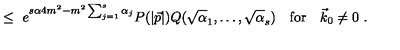
\leq \ e ^ { s \alpha 4 m ^ { 2 } - m ^ { 2 } \sum _ { j = 1 } ^ { s } \alpha _ { j } } P ( \vert \vec { p } \vert ) Q ( \sqrt \alpha _ { 1 } , \ldots , \sqrt \alpha _ { s } ) \quad \mathrm { f o r } \quad \vec { k } _ { 0 } \not = 0 \ .